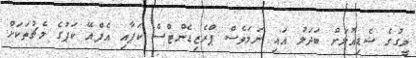
ލީގުގެ ޝެޑިއުލަށް ބަދަލު އައި ނަމަވެސް ޕްރެޒިޑެންޓްސް ކަޕާއި އެފްއޭ ކަޕުގެ މެޗުތަކަށް